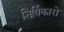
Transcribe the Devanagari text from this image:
निर्विकारो